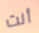
أنت